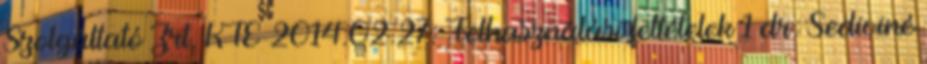
Szolgáltató Zrt. KTE 2014.02.27. Felhasználási feltételek 1 dr. Sediviné